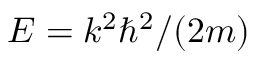
E = k ^ { 2 } \hbar ^ { 2 } / ( 2 m )